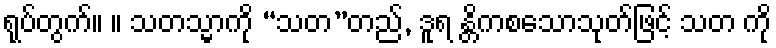
ရုပ်တွက်။ ။ သတသ္မာကို “သတ”တည်, ဒူရ န္တိကစသောသုတ်ဖြင့် သတ ကို